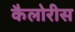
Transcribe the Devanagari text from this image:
कैलोरीस